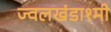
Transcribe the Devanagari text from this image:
ज्वलखंडाश्मी